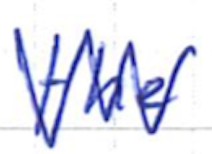
Text: the
Cross-out: zig-zag
Writing tool: ballpoint